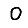
Digit: 0